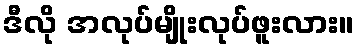
ဒီလို အလုပ်မျိုးလုပ်ဖူးလား။